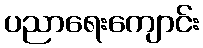
ပညာရေးကျောင်း